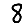
Digit: 8